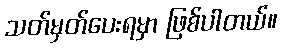
သတ်မှတ်ပေးရမှာ ဖြစ်ပါတယ်။